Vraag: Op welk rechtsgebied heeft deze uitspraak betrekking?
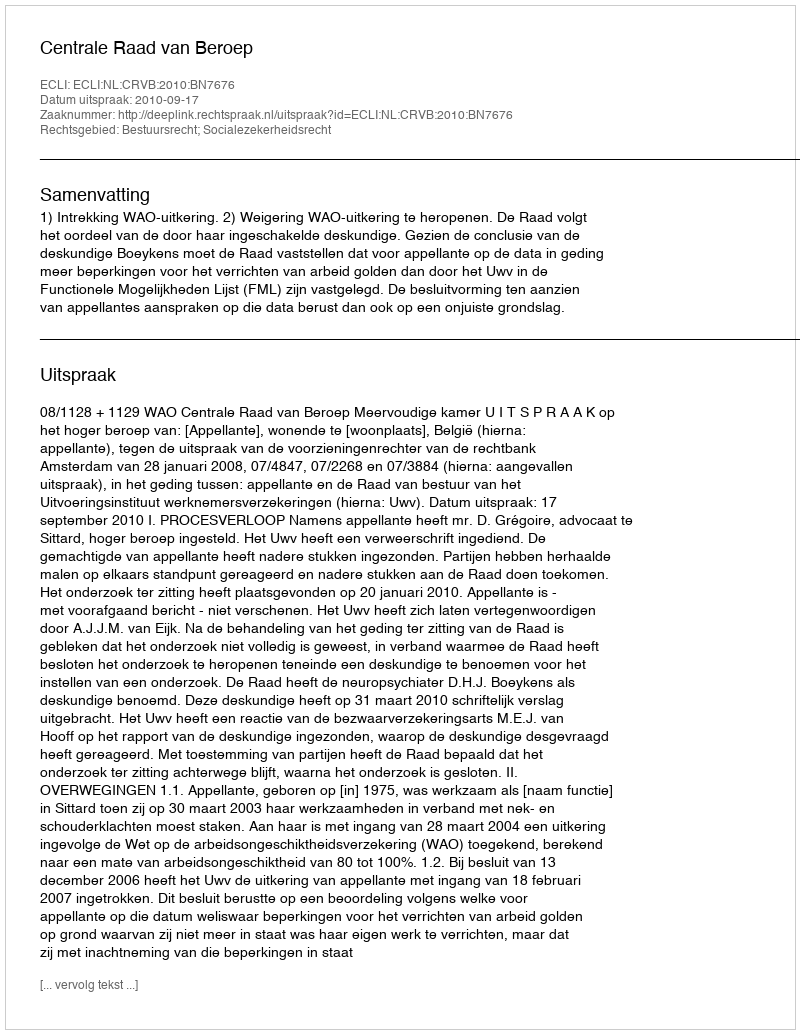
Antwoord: Bestuursrecht; Socialezekerheidsrecht